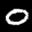
Label: 0